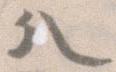
分